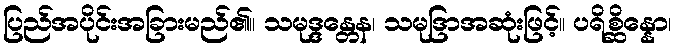
ပြည်အပိုင်းအခြားမည်၏။ သမုဒ္ဒန္တေန၊ သမုဒြာအဆုံးဖြင့်။ ပရိစ္ဆိန္နော၊